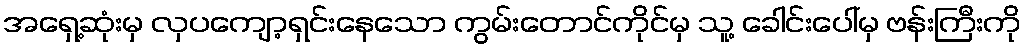
အရှေ့ဆုံးမှ လှပကျော့ရှင်းနေသော ကွမ်းတောင်ကိုင်မှ သူ့ ခေါင်းပေါ်မှ ဗန်းကြီးကို